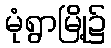
မုံရွာမြို့၌